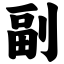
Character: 副